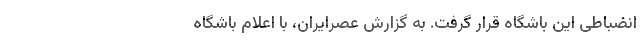
انضباطی این باشگاه قرار گرفت. به گزارش عصرایران، با اعلام باشگاه